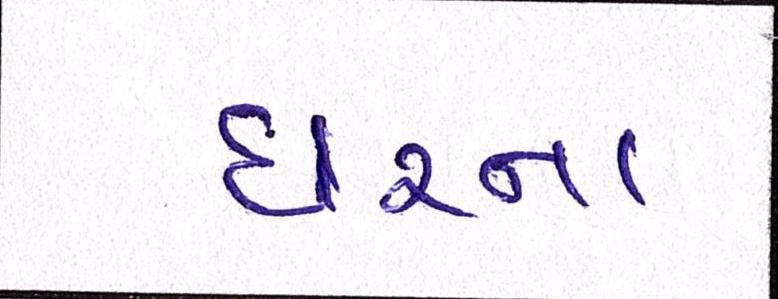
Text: ઘરના